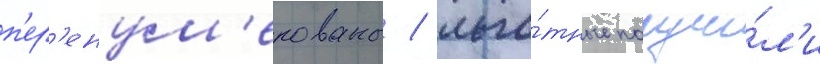
п'ер'енум'ерованы / льго́тные получи́л'и